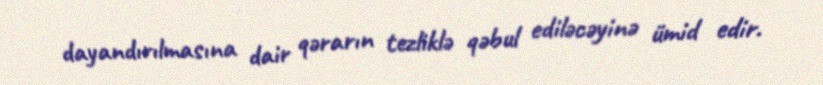
dayandırılmasına dair qərarın tezliklə qəbul ediləcəyinə ümid edir.